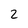
Character: 2